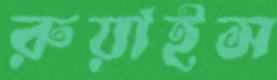
রুয়াইস